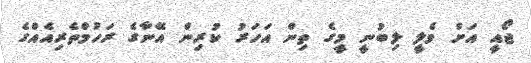
ޖޯއީ އަށް ވެލީ ލިބުނީ މީގެ ތިން އަހަރު ކުރިން އޭނާގެ ރަހުމްތެރިއެއްގެ